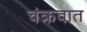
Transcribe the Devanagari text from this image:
चंक्रवात